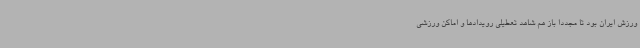
ورزش ایران بود تا مجددا باز هم شاهد تعطیلی رویدادها و اماکن ورزشی